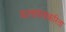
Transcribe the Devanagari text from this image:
कलावंताकरिता